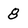
Character: 8